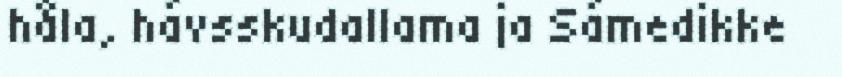
håla, hávsskudallama ja Sámedikke